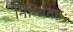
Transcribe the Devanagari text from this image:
निष्चिततः